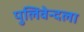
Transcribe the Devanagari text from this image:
पुलिवेन्दला